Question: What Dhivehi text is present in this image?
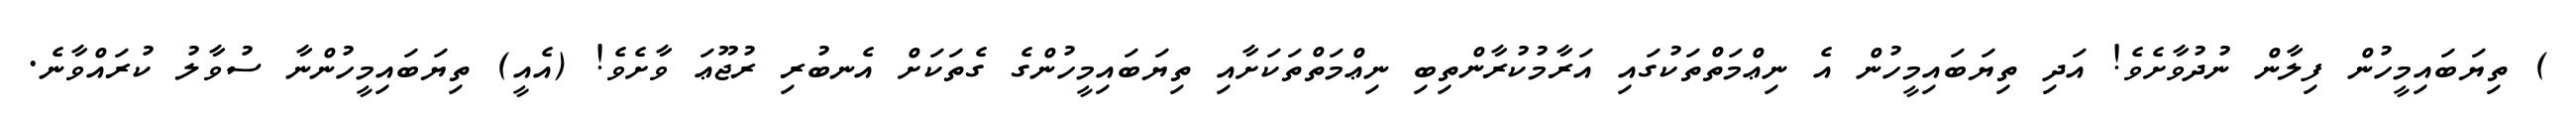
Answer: ) ތިޔަބައިމީހުން ފިލާން ނުދުވާށެވެ! އަދި ތިޔަބައިމީހުން އެ ނިޢްމަތްތަކުގައި އަރާމުކުރާންތިބި ނިޢްމަތްތަކަށާއި ތިޔަބައިމީހުންގެ ގެތަކަށް އެނބުރި ރުޖޫޢަ ވާށެވެ! (އެއީ) ތިޔަބައިމީހުންނާ ސުވާލު ކުރައްވާނެ.